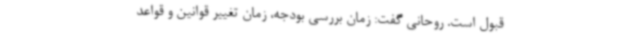
قبول است. روحانی گفت: زمان بررسی بودجه، زمان تغییر قوانین و قواعد